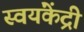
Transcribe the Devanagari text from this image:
स्वयंकेंद्री